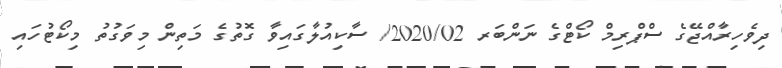
ދިވެހިރާއްޖޭގެ ސްޕްރިމް ކޯޓްގެ ނަންބަރ 2020/02/ ސާކިއުލާގައިވާ ގޮތުގެ މަތިން މިވަގުތު މިކޯޓުހައި